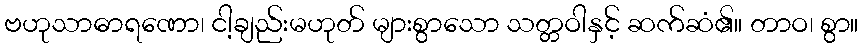
ဗဟုသာဓာရဏော၊ ငါ့ချည်းမဟုတ် များစွာသော သတ္တဝါနှင့် ဆက်ဆံ၏။ တာဝ၊ စွာ။